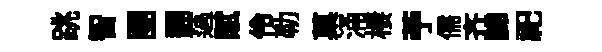
跳智圑翻薖賦伶勒菓涌棲苧儒齐諦祀